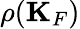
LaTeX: \rho({\mathbf K}_{F})